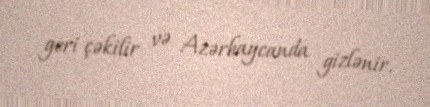
geri çəkilir və Azərbaycanda gizlənir.